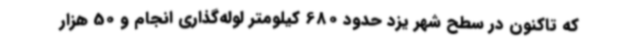
که تاکنون در سطح شهر یزد حدود 680 کیلومتر لوله‌گذاری انجام و 50 هزار